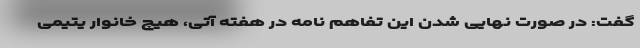
گفت: در صورت نهایی شدن این تفاهم نامه در هفته آتی، هیچ خانوار یتیمی